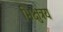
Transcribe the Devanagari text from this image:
भिक्षुत्रय